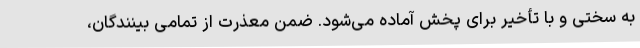
به سختی و با تأخیر برای پخش آماده می‌شود. ضمن معذرت از تمامی بینندگان،